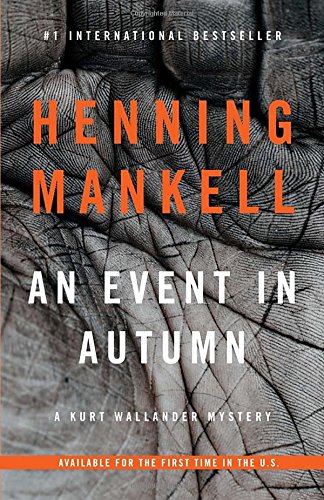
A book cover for An Event in Autumn (Vintage Crime/Black Lizard); Henning Mankell; Mystery, Thriller & Suspense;